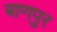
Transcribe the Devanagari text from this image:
बाणपुर